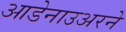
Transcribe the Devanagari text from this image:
आडेनाउअरने